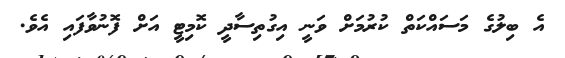
އެ ބިލުގެ މަސައްކަތް ކުރުމަށް ވަނީ އިގުތިސާދީ ކޮމިޓީ އަށް ފޮނުވާފައި އެވެ.